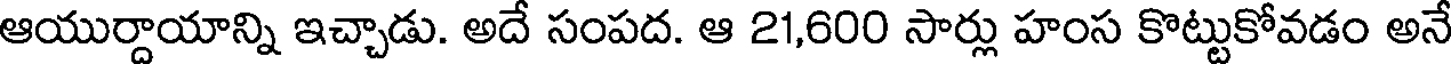
ఆయుర్దాయాన్ని ఇచ్చాడు. అదే సంపద. ఆ 21,600 సార్లు హంస కొట్టుకోవడం అనే